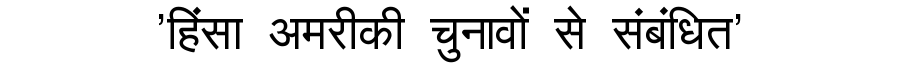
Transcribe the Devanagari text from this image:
'हिंसा अमरीकी चुनावों से संबंधित'